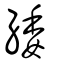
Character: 緌